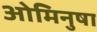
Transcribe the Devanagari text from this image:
ओमिनुषा